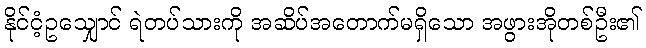
နိုင်ငံ့ဥသျှောင် ရဲတပ်သားကို အဆိပ်အတောက်မရှိသော အဖွားအိုတစ်ဦး၏